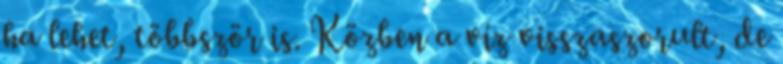
ha lehet, többször is. Közben a víz visszaszorult, de